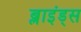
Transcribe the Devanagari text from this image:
ब्लाइंड्स